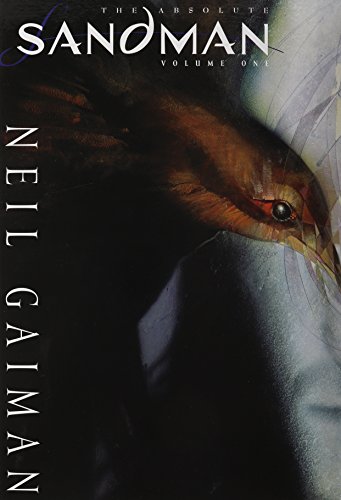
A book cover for The Absolute Sandman, Vol. 1; Neil Gaiman; Comics & Graphic Novels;